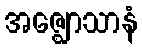
အဇ္ဈောသာနံ